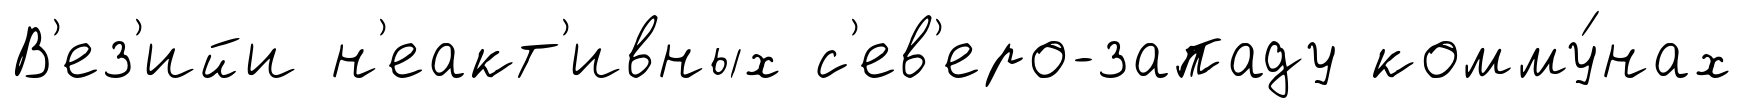
В'ез'ийи н'еакт'ивных с'ев'еро-западу комму́нах